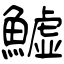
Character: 鱋